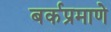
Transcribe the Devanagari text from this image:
बर्कप्रमाणे